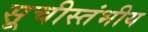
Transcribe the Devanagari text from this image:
सूचीस्तंभीय